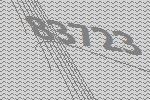
83723